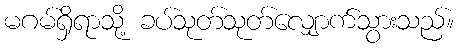
မဂမ်ရှိရာသို့ ခပ်သုတ်သုတ်လျှောက်သွားသည်။